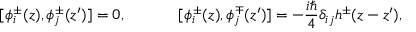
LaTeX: [ \phi _ { i } ^ { \pm } ( z ) , \phi _ { j } ^ { \pm } ( z ^ { \prime } ) ] = 0 , ~ ~ ~ ~ ~ ~ ~ ~ ~ ~ [ \phi _ { i } ^ { \pm } ( z ) , \phi _ { j } ^ { \mp } ( z ^ { \prime } ) ] = - \frac { i \hbar } { 4 } \delta _ { i j } h ^ { \pm } ( z - z ^ { \prime } ) ,